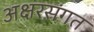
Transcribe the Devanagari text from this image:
अक्षरसंगत